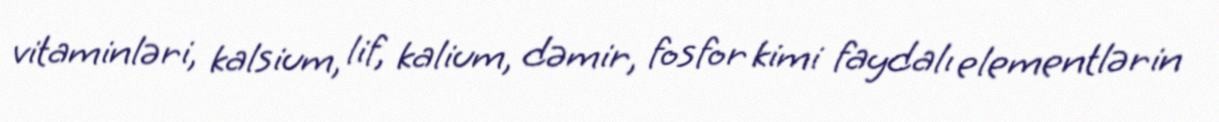
vitaminləri, kalsium, lif, kalium, dəmir, fosfor kimi faydalı elementlərin